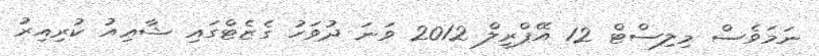
ނަމަވެސް މިލިސްޓް 12 އޭޕްރީލް 2012 ވަނަ ދުވަހު ގެޒެޓްގައި ޝާޢިއު ކުރިއިރު